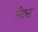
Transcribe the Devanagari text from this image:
निदरा